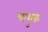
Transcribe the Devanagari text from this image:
माशुक